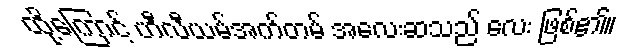
ထို့ကြောင့် ဟီလီယမ်အက်တမ် အလေးဆသည် လေး ဖြစ်၏။